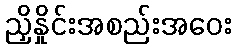
ညှိနှိုင်းအစည်းအဝေး